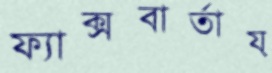
ফ্যাক্সবার্তায়